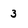
Character: 3